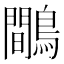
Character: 鷼